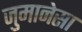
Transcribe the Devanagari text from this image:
जुमानेसा